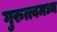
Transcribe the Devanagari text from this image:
गुरुत्त्वमध्य